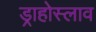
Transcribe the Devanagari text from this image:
ड्राहोस्लाव